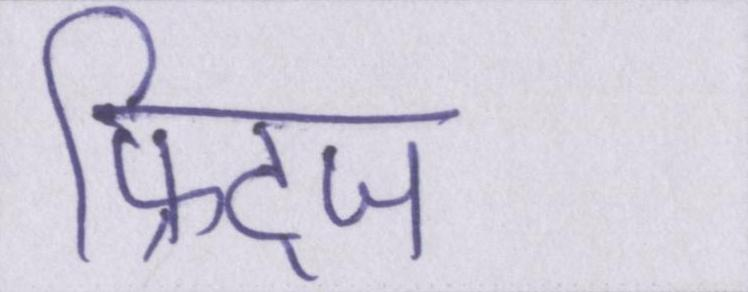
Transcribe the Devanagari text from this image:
फ्रिट्ज